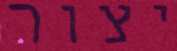
יצור